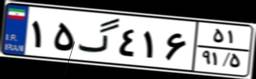
۱۵گ۴۱۶۵۱